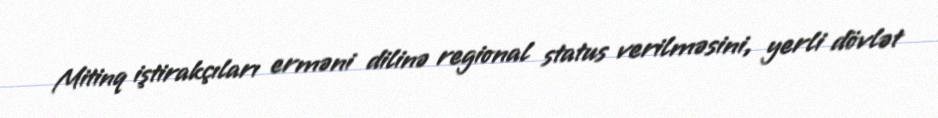
Mitinq iştirakçıları erməni dilinə regional status verilməsini, yerli dövlət